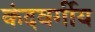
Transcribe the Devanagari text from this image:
कंदवर्गीय